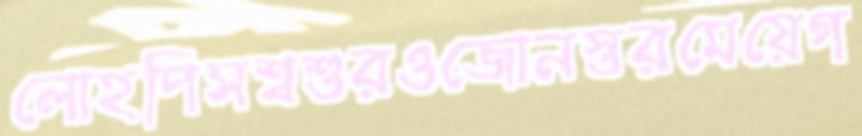
লোহপিসশ্বশুরওজোনস্তরমেয়েগ